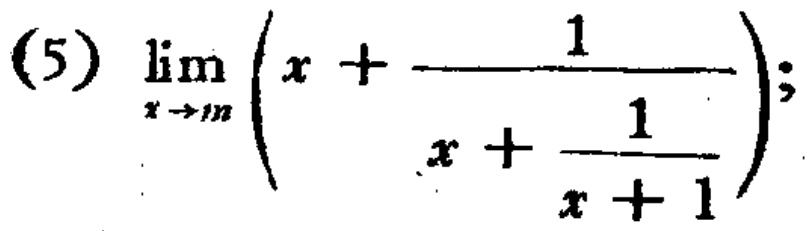
\(\lim_{x \to \infty} \left(x + \frac{1}{x + \frac{1}{x + 1}}\right)\)